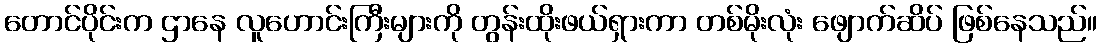
တောင်ပိုင်းက ဌာနေ လူဟောင်းကြီးများကို တွန်းထိုးဖယ်ရှားကာ တစ်မိုးလုံး ဖျောက်ဆိပ် ဖြစ်နေသည်။